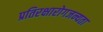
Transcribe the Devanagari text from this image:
प्रतिरक्षारोगजन्यता